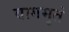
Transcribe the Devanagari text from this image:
वागमृतं